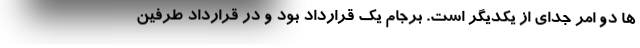
ها دو امر جدای از یکدیگر است. برجام یک قرارداد بود و در قرارداد طرفین